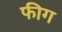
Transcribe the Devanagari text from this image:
फीग